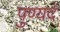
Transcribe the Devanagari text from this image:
पुण्यदं